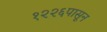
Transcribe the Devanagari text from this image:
१२२६पासून